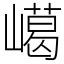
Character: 嶱